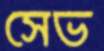
সেভ